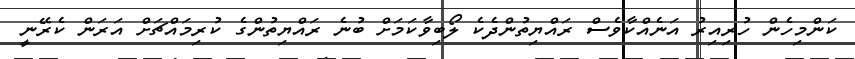
ކަންމިހެން ހުރިއިރު އަނެއްކާވެސް ރައްޔިތުންދެކެ ލޯބިވާކަމަށް ބުނެ ރައްޔިތުންގެ ކުރިމައްޗަށް އަރަން ކެރޭނީ